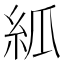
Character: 𥾭